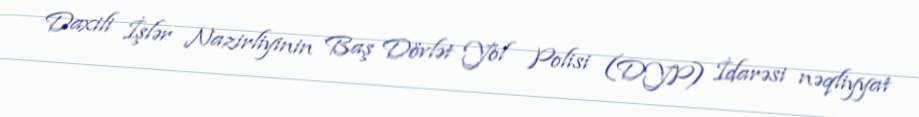
Daxili İşlər Nazirliyinin Baş Dövlət Yol Polisi (DYP) İdarəsi nəqliyyat